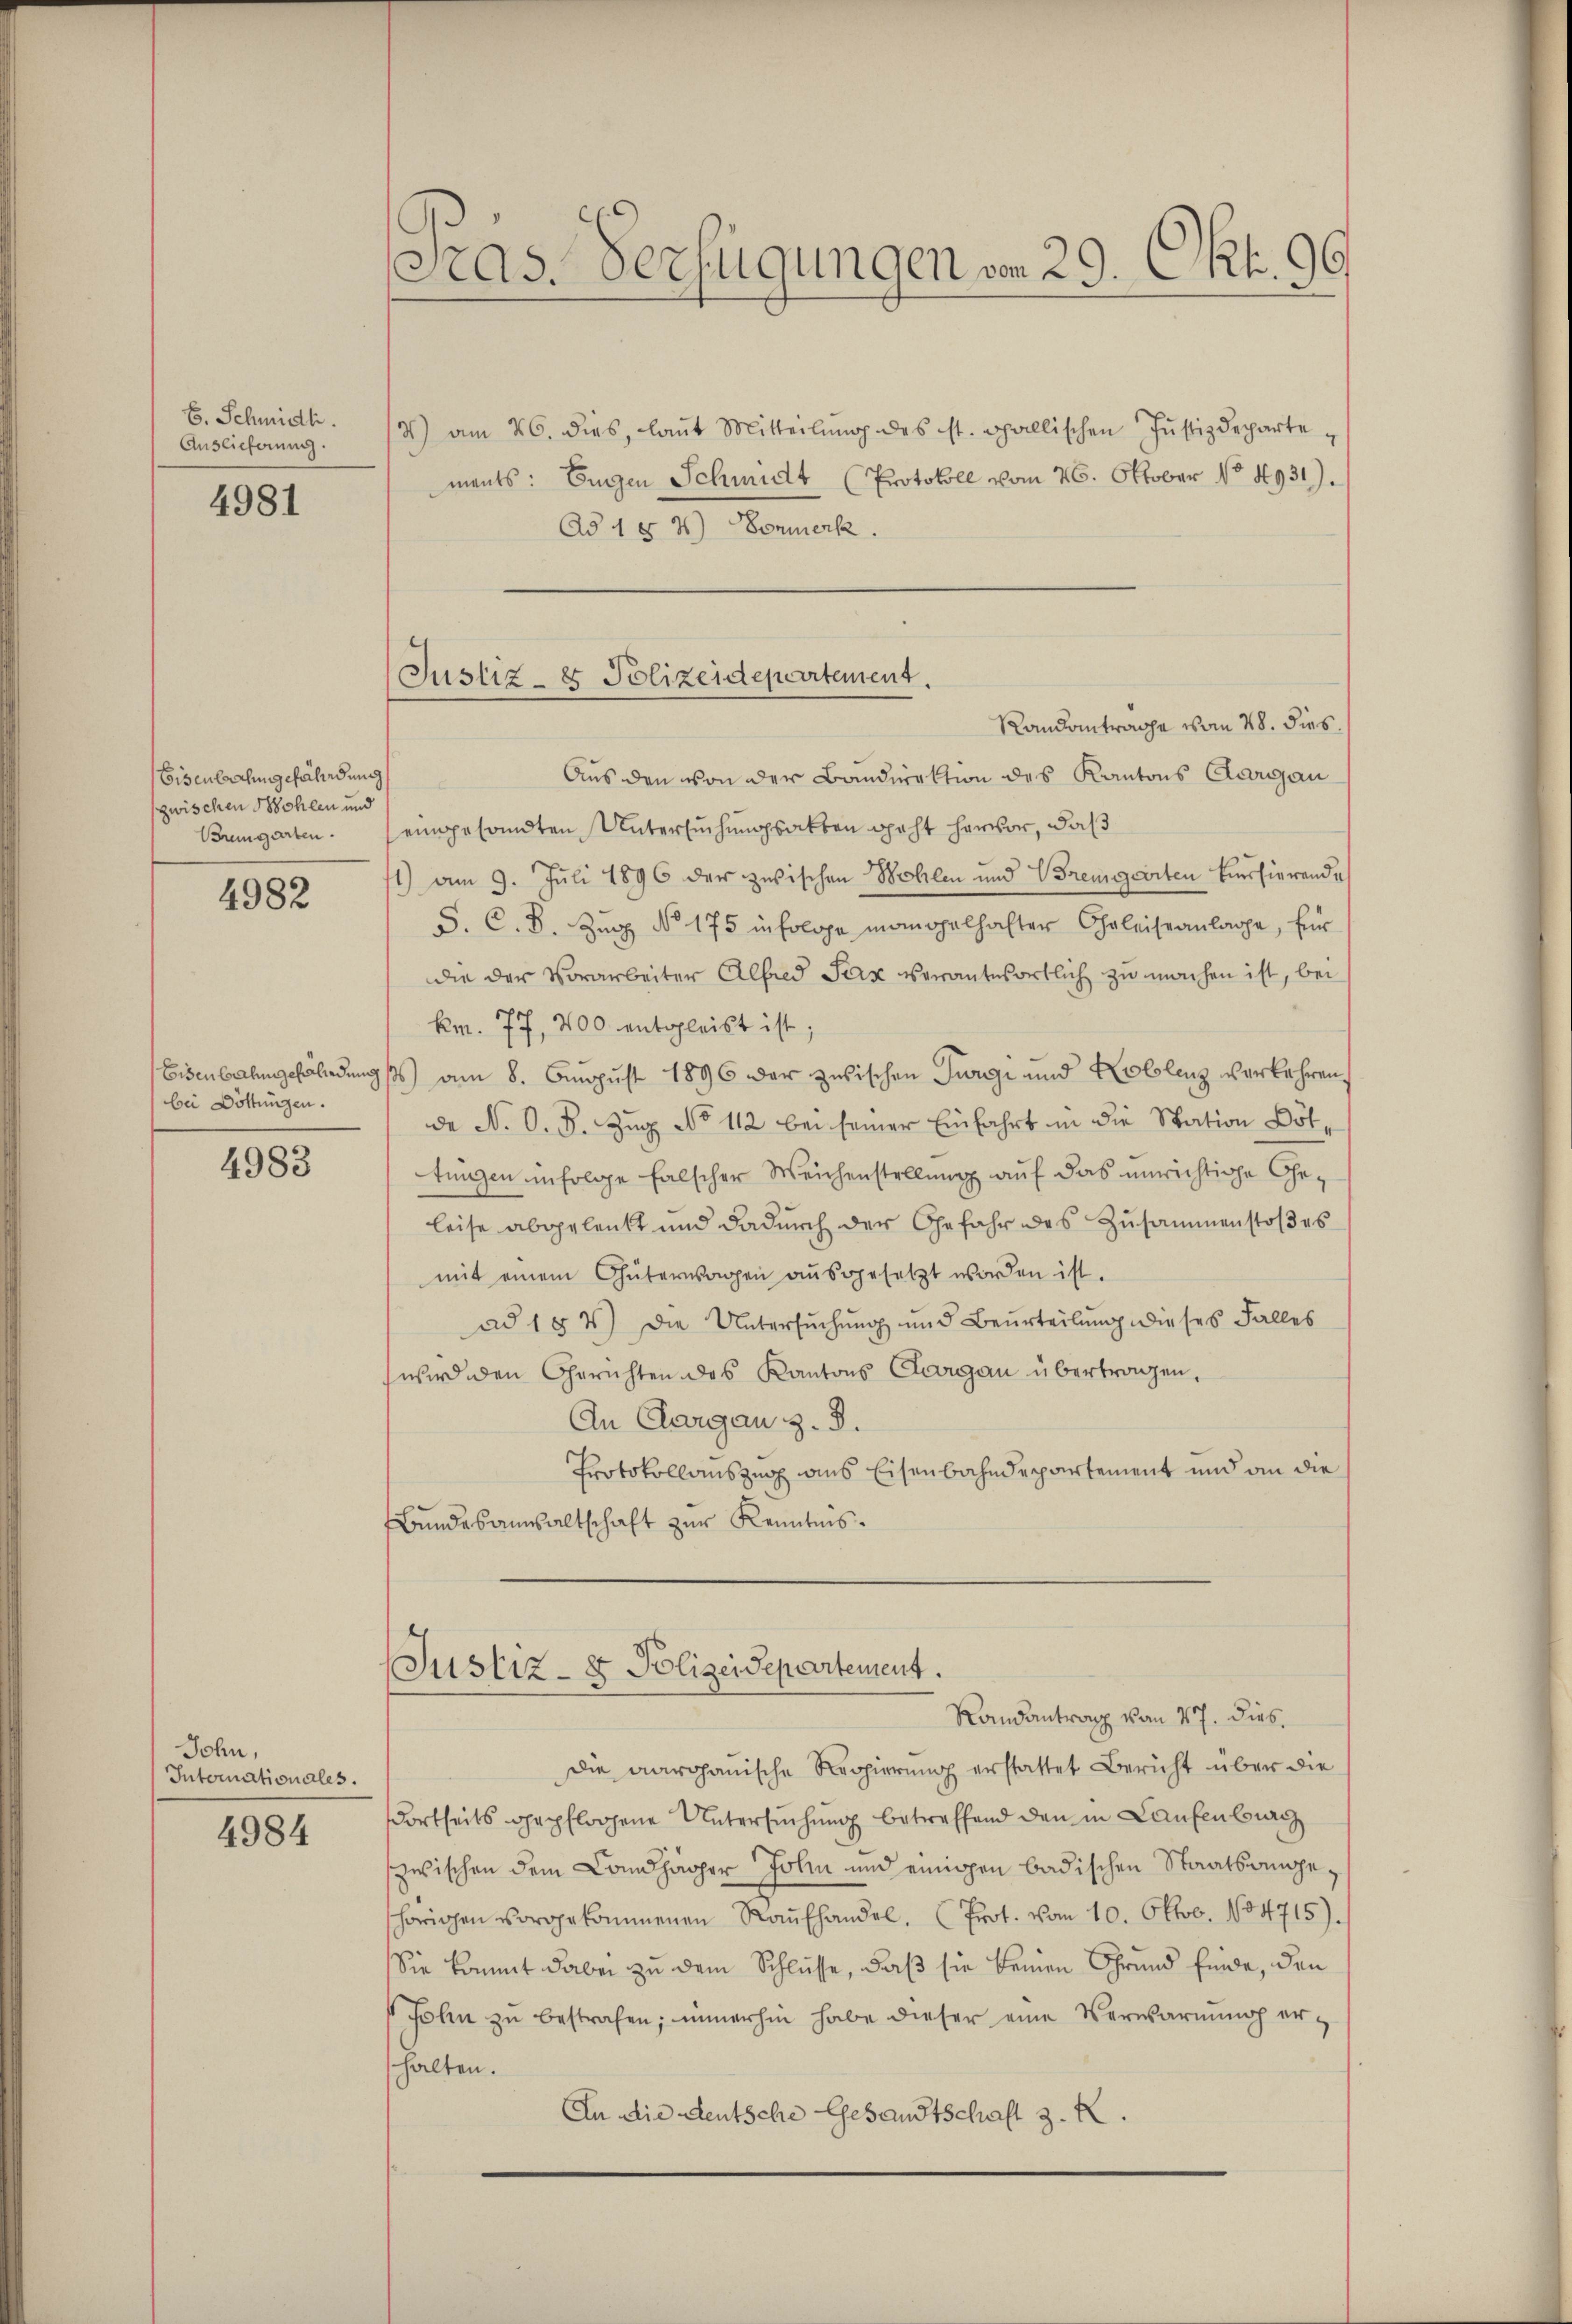
E. Schmidh.
Auslieferung.
4981

Eisenbachungefährdung
zwischen Sohlen und
Bremgarten.

4982

Eisenbahngefändung
bei Döttungen.

4983

Jchn,
Internationales.
4984

Cas. Verfügungen vom 29. Okt. 96.

Justiz- & Polizeidepartement.

) am 26. dies, laŭt Mitteilŭng des ist. Gallischen Jŭstizdepartements: Eugen Schmidt (Protokoll vom 26. Oktober No 4931).
Ad 1 § 4 Vormerk.
Randantrage vom 28. dies
Aus den von der Bandirektion des Kantons Aargau
eingesandten Untersuchungsakten geht hervor, daß
1) am 9. Juli 1896 der zwischen Wohlen und Bremgarten Einsierende
S. C. B. Zug No. 175 infolge mangelhafter Eheleiseanlage, für
die der Vorarbeiter Alfred Sax verantwortlich zu machen ist, bei
¬
km. 77, 700 entgleist ist;
s) am 8. August 1896 der zwischen Turgi und Koblenz verkehren
de N. O. S. Zug No 112 bei seiner Einfahrt in die Station Böttungen infolge falscher Weichenstellung auf das unrichtige Geleise abgelenkt und dadurch der Gefahr des Zusammenstoβes
mit einem Güterwagen ausgesetzt worden ist.
ad 154) Die Untersuchung und Beurteilung dieses Falles
wird den Gerichten des Kantons Aargau übertragen,
An Clargau z. B.
Protokollauszug aus Eisenbahndepartement und an die
Bundesanwaltschaft zur Kenntnis.
(Justiz- & Polizeidepartement.
Randantrag von 17. dies
Die aargauische Regierung erstattet Bericht über die
dortheits gepflogene Untersuchung betreffend den in Laufenburg
zwischen dem Landhäger John und einigen badischen Staatsangeshörigen vorgekommenen Raŭfhandel. (Prot. vom 10. Oktob. 1884715).
Sie kommt dabei zu dem Schlüsse, daß sie keinen Grund finde, den
John zu bestrafen; immerhin habe dieser eine Verwarnung erhalten.
An die deutsche Gesandtschaft 3. K